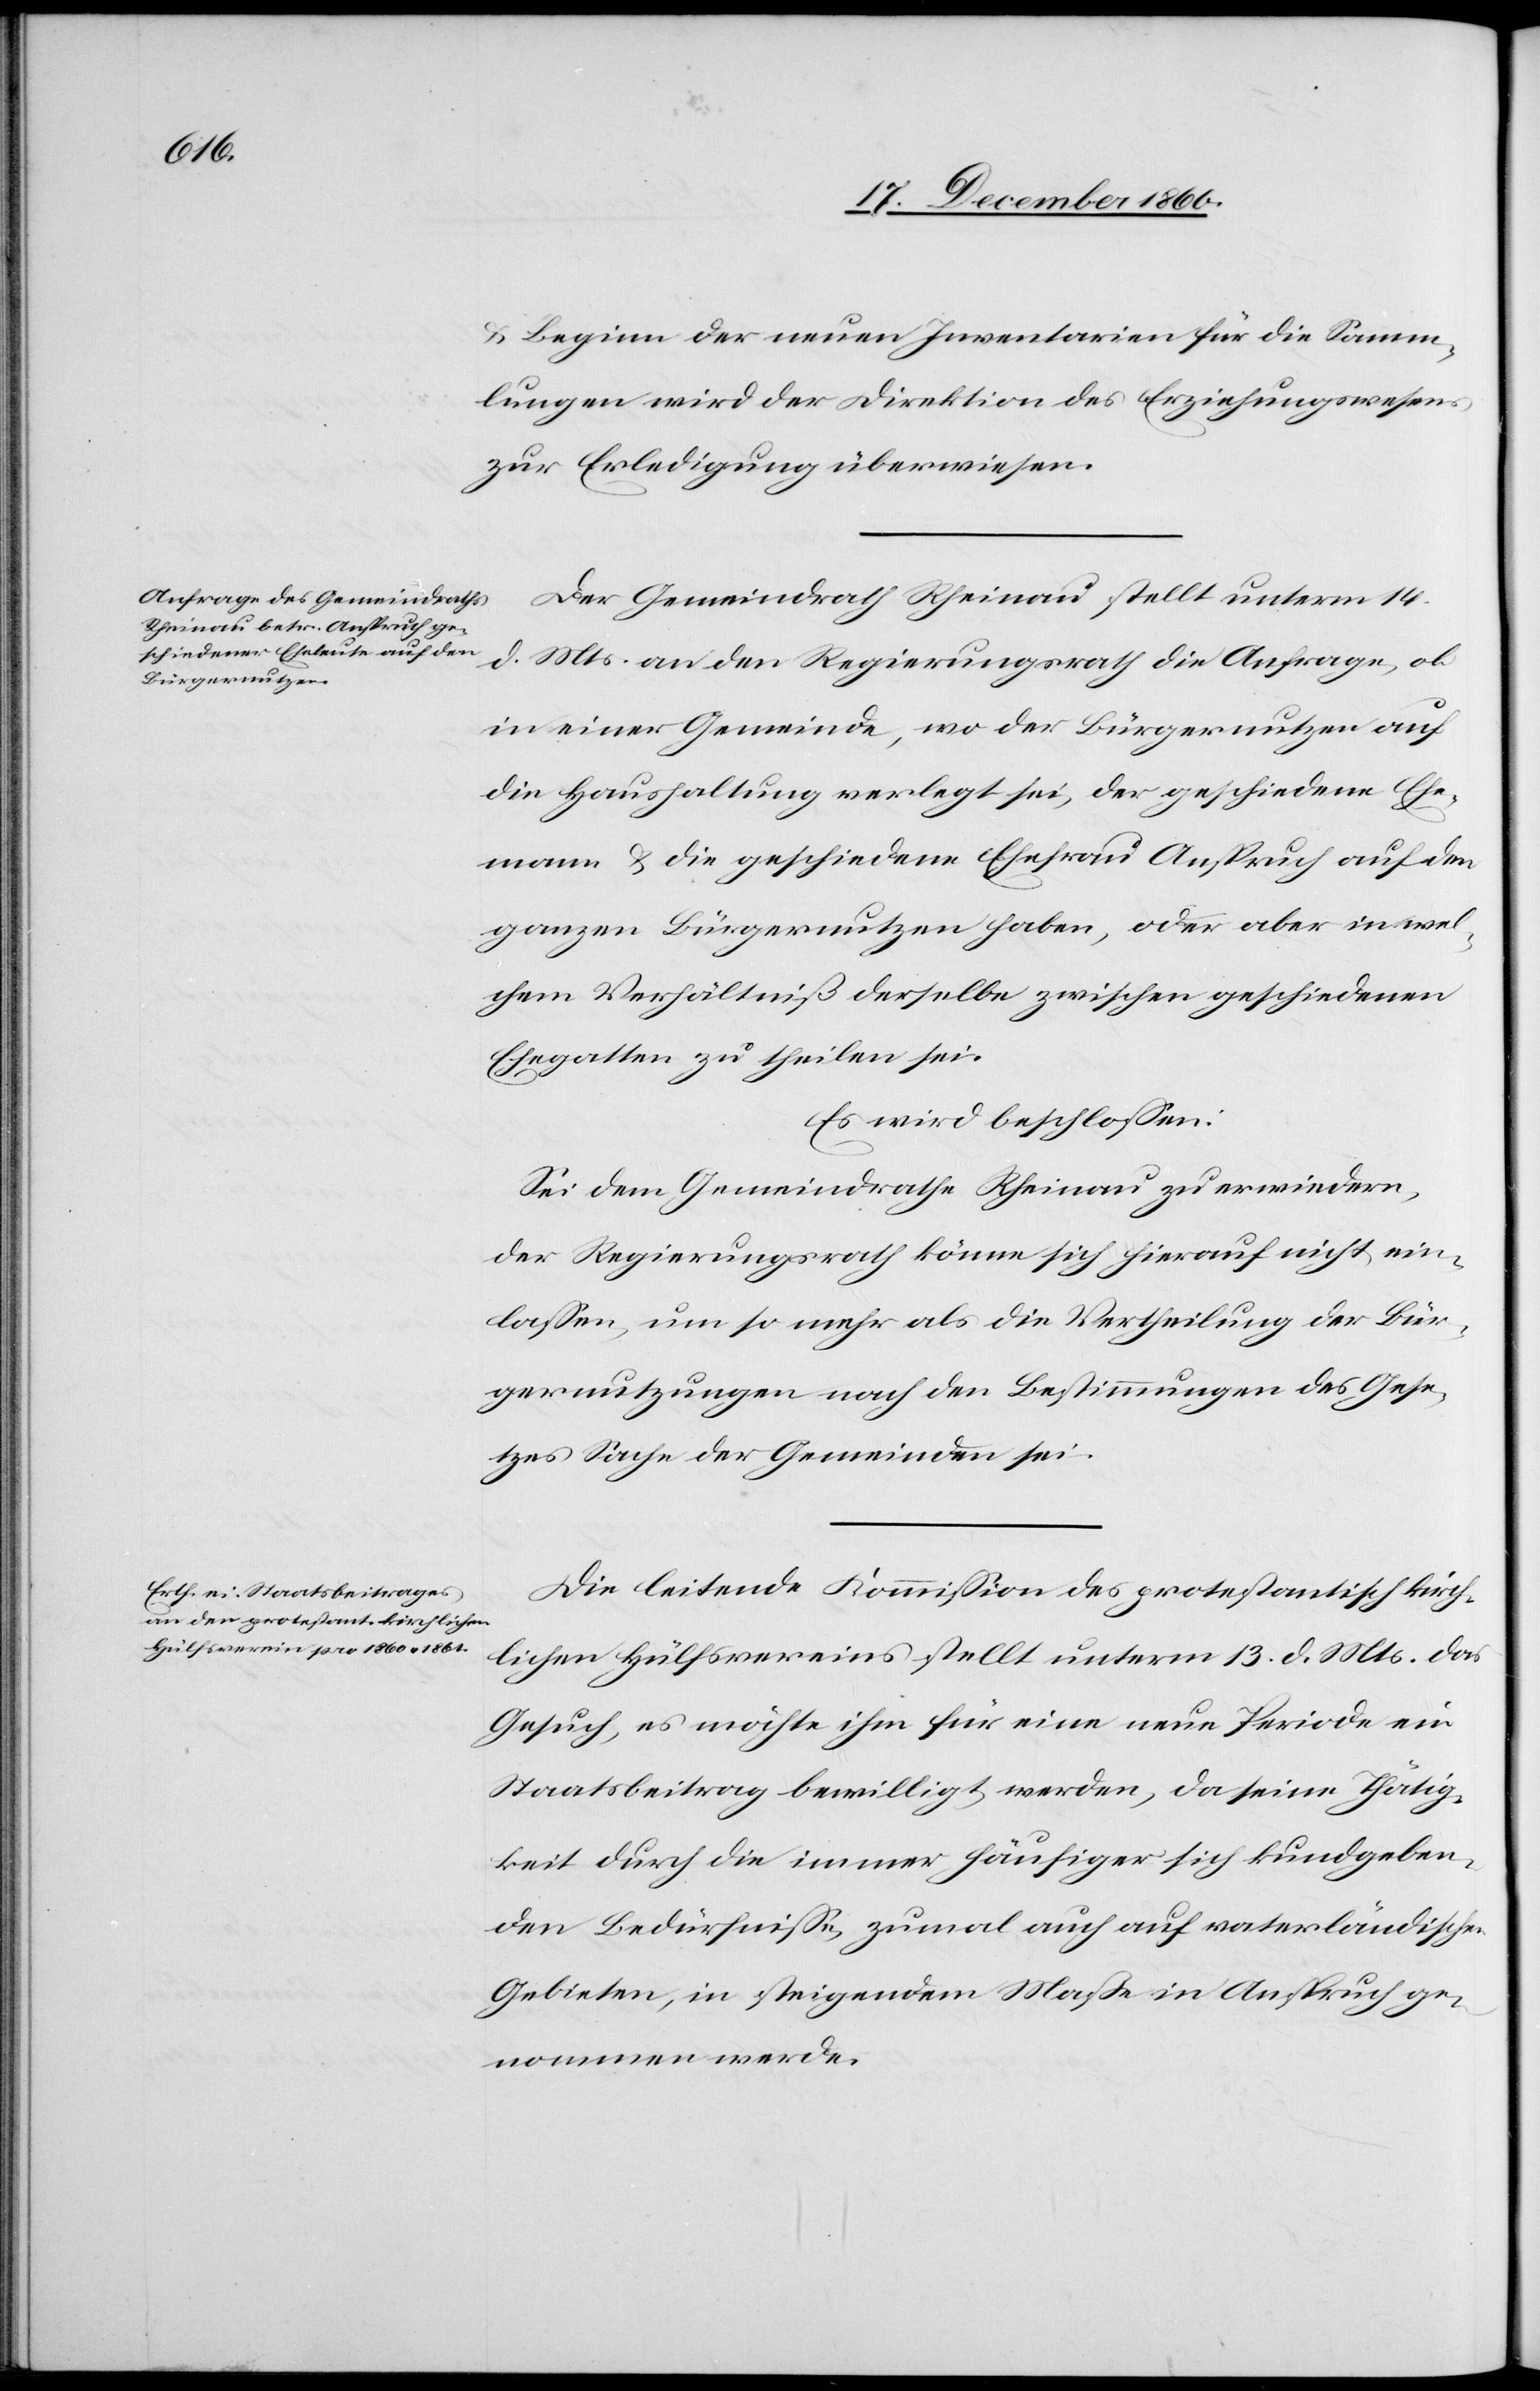
u. Beginn der neuen Inventarien für die Samm¬
lungen wird der Direktion des Erziehungswesens
zur Erledigung überwiesen.
Der Gemeindrath Rheinau stellt unterm 14.
d. Mts. an den Regierungsrath die Anfrage, ob
in einer Gemeinde, wo der Bürgernutzen auf
die Haushaltung verlegt sei, der geschiedene Ehe¬
mann u. die geschiedene Ehefrau Anspruch auf den
ganzen Bürgernutzen haben, oder aber in wel¬
chem Verhältniß derselbe zwischen geschiedenen
Ehegatten zu theilen sei.
Es wird beschlossen:
Sei dem Gemeindrathe Rheinau zu erwiedern,
der Regierungsrath könne sich hierauf nicht ein¬
lassen, um so mehr als die Vertheilung der Bür¬
gernutzungen nach den Bestimmungen des Gese¬
tzes Sache der Gemeinden sei.
Die leitende Kommission des protestantisch kirch¬
lichen Hülfsvereins stellt unterm 13. d. Mts. das
Gesuch, es möchte ihm für eine neue Periode ein
Staatsbeitrag bewilligt werden, da seine Thätig¬
keit durch die immer häufiger sich kundgeben¬
den Bedürfnisse, zumal auf vaterländischen
Gebieten, in steigendem Maße in Anspruch ge¬
nommen werde.